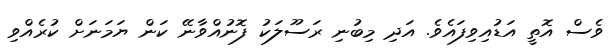
ވެސް އޮތީ އަޑުއިވިފައެވެ. އަދި މިބުނި ރަސޫލަކު ފޮނުއްވާނޭ ކަން ޔަމަނަށް ކުރެއްވި